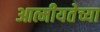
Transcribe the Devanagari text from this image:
आत्मीयतेच्या